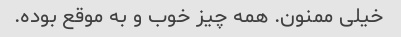
خیلی ممنون. همه چیز خوب و به موقع بوده.